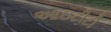
આઇટીટી